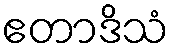
ဧတာဒိသံ